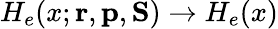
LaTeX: H_{e}(x;{\mathbf{r}},{\mathbf{p}},{\mathbf{S}})\to H_{e}(x)